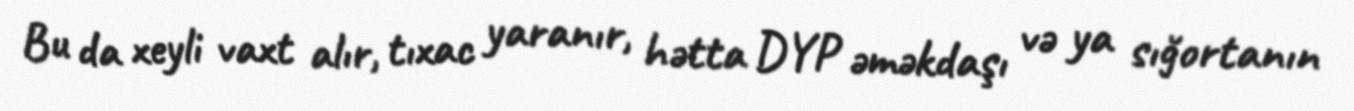
Bu da xeyli vaxt alır, tıxac yaranır, hətta DYP əməkdaşı və ya sığortanın